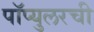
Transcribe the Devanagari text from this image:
पॉप्युलरची